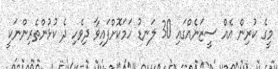
މީގެ ކުރިން އެއް ސީޒަނެއްގައި 30 ލަނޑު ހަމަކޮށްފައިވާ ދިވެހި ދެ ކުޅުންތެރިންނަކީ